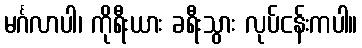
မင်္ဂလာပါ၊ ကိုရီးယား ခရီးသွား လုပ်ငန်းကပါ။